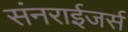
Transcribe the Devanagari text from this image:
संनराईजर्स